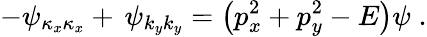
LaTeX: -\psi_{\kappa_{x}\kappa_{x}}+\, \psi_{k_{y}k_{y}}=\left(p_{x}^{2}+p_{y}^{2}-E\right)\psi\; .